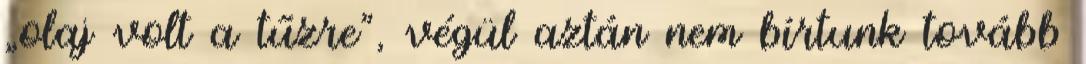
„olaj volt a tűzre”, végül aztán nem bírtunk tovább